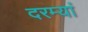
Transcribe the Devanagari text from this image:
दरम्यां